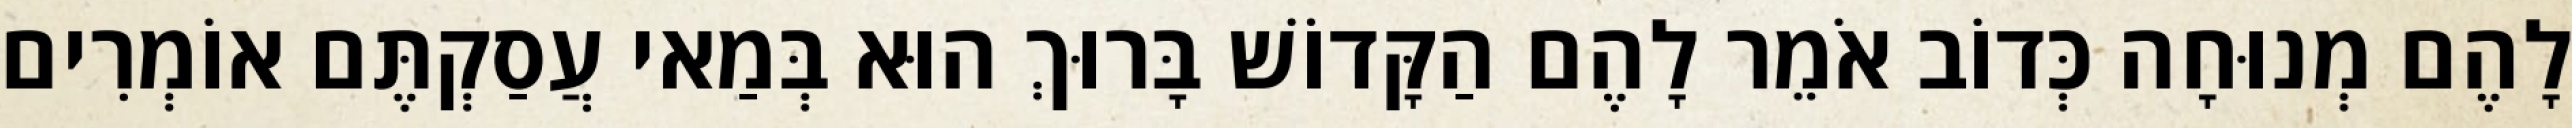
לָהֶם מְנוּחָה כְּדוֹב אֹמֵר לָהֶם הַקָּדוֹשׁ בָּרוּךְ הוּא בְּמַאי עֲסַקְתֶּם אוֹמְרִים